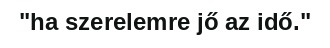
"ha szerelemre jő az idő."